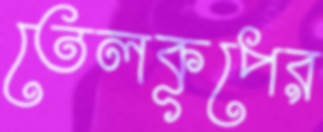
তেলকূপের